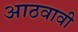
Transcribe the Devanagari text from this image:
आठवावी